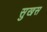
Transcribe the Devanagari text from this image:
सुखस